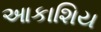
આકાશિય